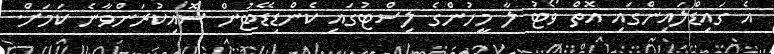
އެ ގައިޑްލައިންގައި އޮތް ވޯޓު ލާ މީހުންގެ ލިސްޓުގައި ކެންޑިޑޭޓުން ސޮއިކުރަންވާނެ ކަމަށް.